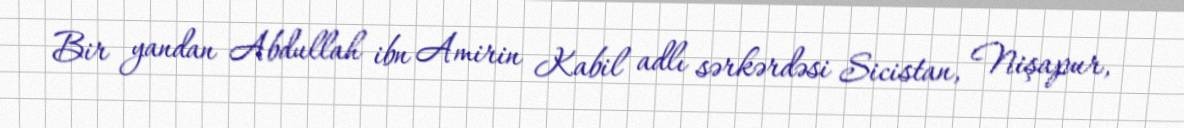
Bir yandan Abdullah ibn Amirin Kabil adlı sərkərdəsi Sicistan, Nişapur,